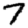
Digit: 7